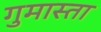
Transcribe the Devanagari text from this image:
गुमास्ता